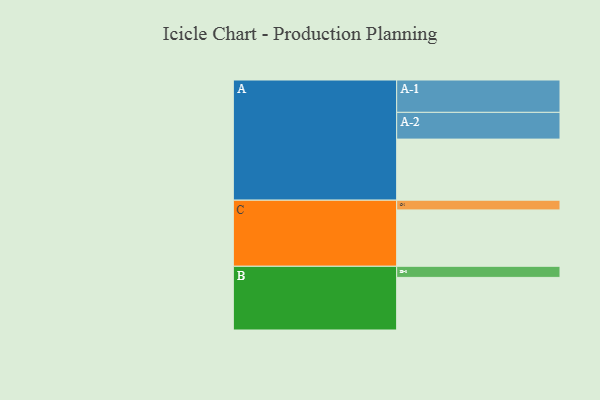
{"axis": {"x": "Segment", "y": "Value"}, "legend": ["", "A", "B", "C"], "data": [{"x": "A", "y": 489, "type": ""}, {"x": "B", "y": 421, "type": ""}, {"x": "C", "y": 451, "type": ""}, {"x": "A-1", "y": 259, "type": "A"}, {"x": "A-2", "y": 214, "type": "A"}, {"x": "B-1", "y": 89, "type": "B"}, {"x": "C-1", "y": 78, "type": "C"}]}